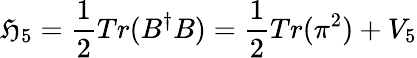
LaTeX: \mathfrak{H}_{5}=\frac{{1}}{{2}}Tr(B^{\dagger}B)=\frac{{1}}{{2}}Tr(\pi^{2})+V_{5}